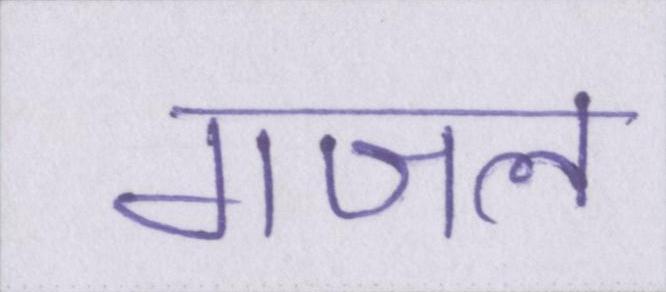
गजल